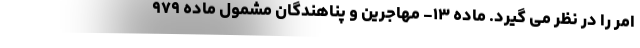
امر را در نظر می گیرد. ماده ۱۳- مهاجرین و پناهندگان مشمول ماده ۹۷۹